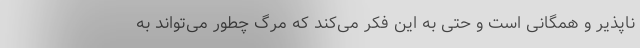
ناپذیر و همگانی است و حتی به این فکر می‌کند که مرگ چطور می‌تواند به